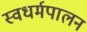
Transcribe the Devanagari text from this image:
स्वधर्मपालन